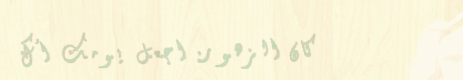
دكان الزهور: اجعل يومك أك